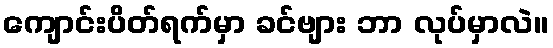
ကျောင်းပိတ်ရက်မှာ ခင်ဗျား ဘာ လုပ်မှာလဲ။